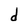
Character: d